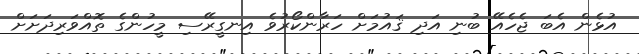
އުޅެން އެބަ ޖެހެއޭ ބުނި އަދި ޤައުމަށް ހަރާންކޯރުވެ އިނގީރޭސި މީހުންގެ ތޮއްވަރިދަށަށް